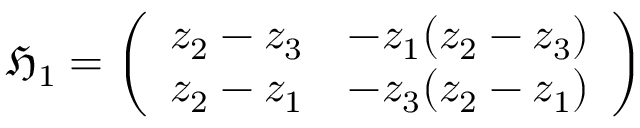
{ \mathfrak { H } } _ { 1 } = { \left( \begin{array} { l l } { z _ { 2 } - z _ { 3 } } & { - z _ { 1 } ( z _ { 2 } - z _ { 3 } ) } \\ { z _ { 2 } - z _ { 1 } } & { - z _ { 3 } ( z _ { 2 } - z _ { 1 } ) } \end{array} \right) }